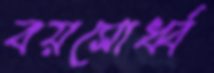
বয়সোর্ধ্ব